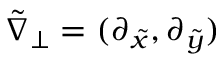
\tilde { \nabla } _ { \perp } = ( \partial _ { \tilde { x } } , \partial _ { \tilde { y } } )